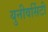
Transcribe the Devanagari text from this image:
युनीवर्सिटी